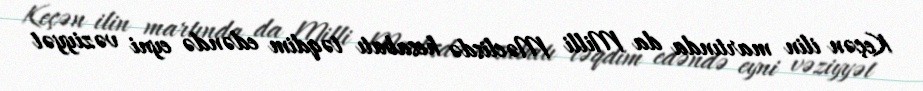
Keçən ilin martında da Milli Məclisdə hesabatı təqdim edəndə eyni vəziyyət